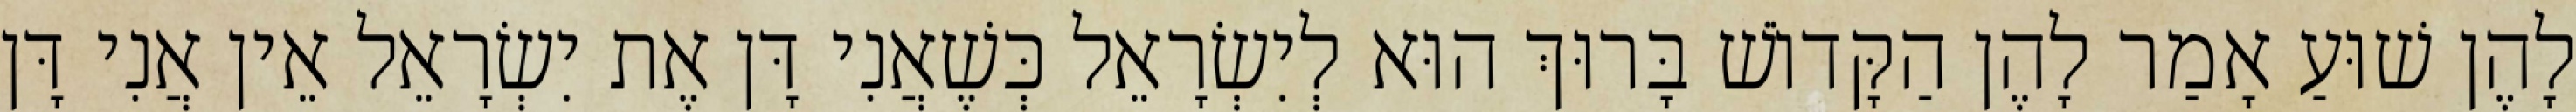
לָהֶן שׁוּעַ אָמַר לָהֶן הַקָּדוֹשׁ בָּרוּךְ הוּא לְיִשְׂרָאֵל כְּשֶׁאֲנִי דָּן אֶת יִשְׂרָאֵל אֵין אֲנִי דָּן